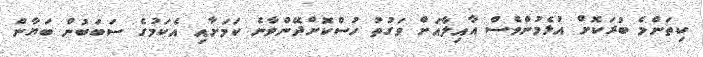
ކިތަންމެ ބުރަކޮށް އުޅެމުންވެސް އާއިލާއަށް ވަގުތު ހުސްކޮށްދޭންވާނެ ކަމަށާއި އެކަމުގެ ސަބަބުން ބަޔާން